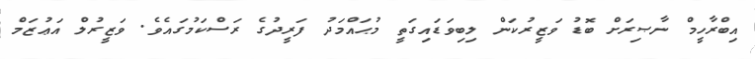
އިބްރާހީމް ނާޞިރަށް ބޮޑު ވަޒީރުކަން ލިބިވަޑައިގަތީ މުޙައްމަދު ފަރީދުގެ ރަސްކަމުގައެވެ. ވަޒީރުލް އަޢުޒަމް